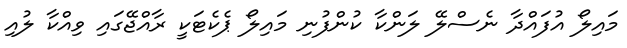
މައިލޯ އުފައްދާ ނެސްލޭ ލަންކާ ކުންފުނި މައިލޯ ޕެކެޓަކީ ރާއްޖޭގައި ވިއްކާ ލުއި